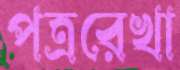
পত্ররেখা